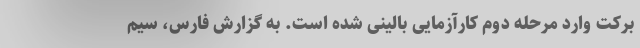
برکت وارد مرحله دوم کارآزمایی بالینی شده است. به گزارش فارس، ‌سیم